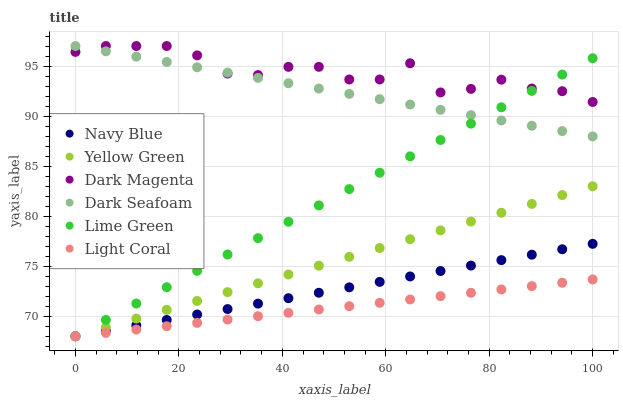
| xaxis_label | Navy Blue | Yellow Green | Dark Magenta | Dark Seafoam | Lime Green | Light Coral |
 | --- | --- | --- | --- | --- | --- | --- |
 | 0 | 68 | 68 | 96.4 | 97 | 68 | 68 |
 | 5.88 | 68.5 | 68.9 | 97 | 96.5 | 69.6 | 68.3 |
 | 11.8 | 69.1 | 69.8 | 97 | 95.9 | 71.3 | 68.7 |
 | 17.6 | 69.6 | 70.6 | 97 | 95.4 | 72.9 | 69 |
 | 23.5 | 70.2 | 71.5 | 96.1 | 94.9 | 74.5 | 69.3 |
 | 29.4 | 70.7 | 72.4 | 94.2 | 94.3 | 76.2 | 69.7 |
 | 35.3 | 71.3 | 73.3 | 94.1 | 93.8 | 77.8 | 70 |
 | 41.2 | 71.8 | 74.2 | 94.9 | 93.3 | 79.4 | 70.3 |
 | 47.1 | 72.3 | 75.1 | 94.9 | 92.7 | 81.1 | 70.7 |
 | 52.9 | 72.9 | 75.9 | 93.7 | 92.2 | 82.7 | 71 |
 | 58.8 | 73.4 | 76.8 | 93.7 | 91.7 | 84.3 | 71.3 |
 | 64.7 | 74 | 77.7 | 95.3 | 91.2 | 86 | 71.7 |
 | 70.6 | 74.5 | 78.6 | 92.4 | 90.6 | 87.6 | 72 |
 | 76.5 | 75.1 | 79.5 | 92.7 | 90.1 | 89.2 | 72.3 |
 | 82.4 | 75.6 | 80.3 | 93.6 | 89.6 | 90.9 | 72.7 |
 | 88.2 | 76.1 | 81.2 | 92.8 | 89 | 92.5 | 73 |
 | 94.1 | 76.7 | 82.1 | 92.5 | 88.5 | 94.1 | 73.3 |
 | 100 | 77.2 | 83 | 91.4 | 88 | 95.8 | 73.7 |